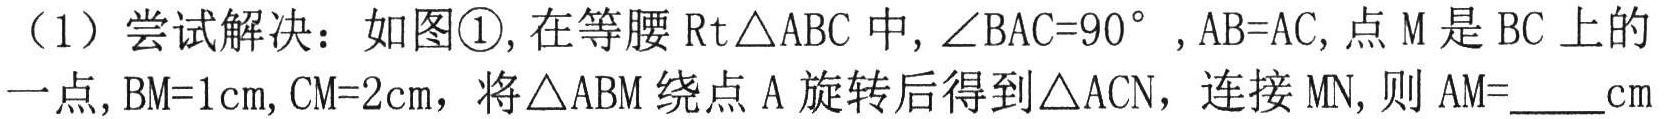
（1）尝试解决：如图\textcircled{1},在等腰$\text{Rt}\triangle ABC$中,$\angle BAC = 90^{\circ}$,$AB = AC$,点$M$是$BC$上的一点,$BM = 1\text{cm}$,$CM = 2\text{cm}$，将$\triangle ABM$绕点$A$旋转后得到$\triangle ACN$，连接$MN$,则$AM = \_\_\_\_\text{cm}$